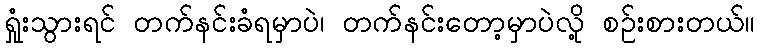
ရှုံးသွားရင် တက်နင်းခံရမှာပဲ၊ တက်နင်းတော့မှာပဲလို့ စဉ်းစားတယ်။